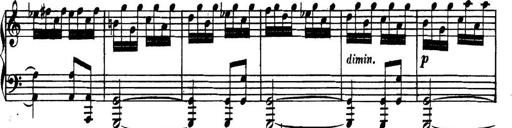
Title: Collected Piano Sonatas
Composer: Muzio Clementi